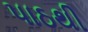
પાઠથી